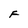
Character: F